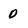
Character: 0